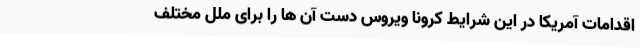
اقدامات آمریکا در این شرایط کرونا ویروس دست آن ها را برای ملل مختلف